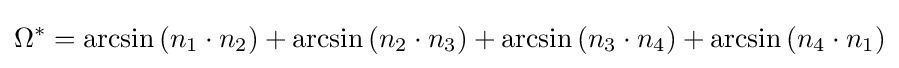
\Omega ^{*}=\arcsin \left(n_{1}\cdot n_{2}\right)+\arcsin \left(n_{2}\cdot n_{3}\right)+\arcsin \left(n_{3}\cdot n_{4}\right)+\arcsin \left(n_{4}\cdot n_{1}\right)